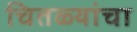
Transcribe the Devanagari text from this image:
चितळ्यांचा